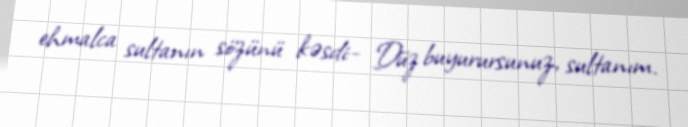
ehmalca sultanın sözünü kəsdi:- Düz buyurursunuz, sultanım.